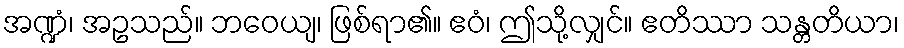
အဏ္ဍံ၊ အဥသည်။ ဘဝေယျ၊ ဖြစ်ရာ၏။ ဧဝံ၊ ဤသို့လျှင်။ ဧတိဿာ သန္တတိယာ၊